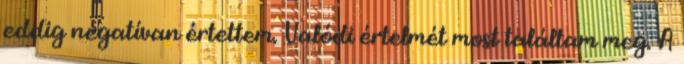
eddig negatívan értettem. Valódi értelmét most találtam meg. A